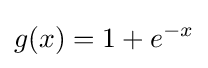
g(x)=1+e^{-x}